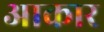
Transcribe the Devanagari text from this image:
अाकार